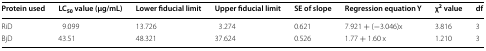
| Protein used | LC50 value (μg/mL) | Lower fiducial limit | Upper fiducial limit | SE of slope | Regression equation Y | χ2 value | df |
 | --- | --- | --- | --- | --- | --- | --- | --- |
 | RiD | 9.099 | 13.726 | 3.274 | 0.621 | 7.921 + (−3.046)x | 3.816 | 3 |
 | BjD | 43.51 | 48.321 | 37.624 | 0.526 | 1.77 + 1.60 x | 1.210 | 3 |